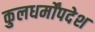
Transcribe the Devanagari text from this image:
कुलधर्मोंपदेश